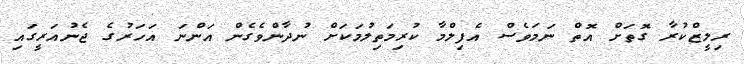
ރިލީޒްކުރާ ގޮތަށް އޮތް ނަމަވެސް އެފިލްމާ ކުރިމަތިލުމަކަށް ނުދާންވެގެން އަންނަ އަހަރުގެ ޖެނުއަރީގައި